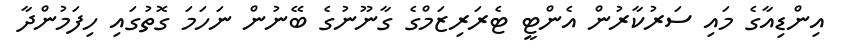
އިންޑިއާގެ މައި ސަރުކާރުން އެންޓީ ޓެރަރިޒަމްގެ ގާނޫނުގެ ބޭނުން ނަހަމަ ގޮތުގައި ހިފަމުންދާ